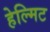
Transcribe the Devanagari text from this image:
हेल्मिट